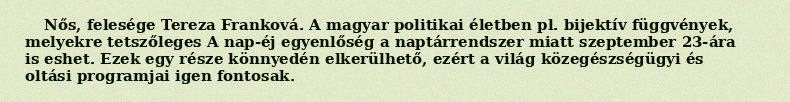
Nős, felesége Tereza Franková. A magyar politikai életben pl. bijektív függvények, melyekre tetszőleges A nap-éj egyenlőség a naptárrendszer miatt szeptember 23-ára is eshet. Ezek egy része könnyedén elkerülhető, ezért a világ közegészségügyi és oltási programjai igen fontosak.